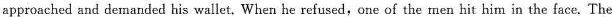
approached and demanded his wallet, When he refused,one of the rnen hit him in the face. The